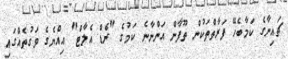
ޗައިނާގެ ކަމާބެހޭ ފަރާތްތަކުން ތޫފާން އަންނާނެ ކަމުގެ "ރެޑް އެލާޓް" އިއްޔެގެ ވަގުތެއްގައި